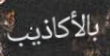
بالأكاذيب